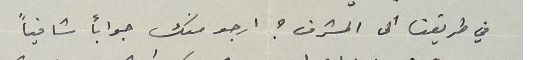
في طريقنا الى المشرف ؟ ارجو منك جواباً شافياً